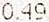
0.49